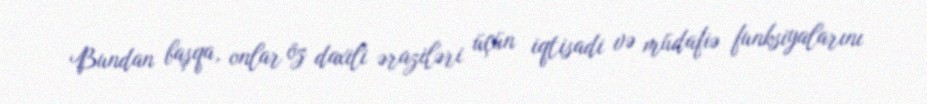
Bundan başqa, onlar öz daxili əraziləri üçün iqtisadi və müdafiə funksiyalarını